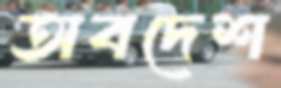
অবদেশ